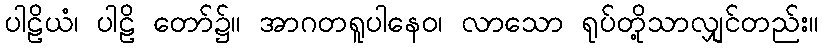
ပါဠိယံ၊ ပါဠိ တော်၌။ အာဂတရူပါနေဝ၊ လာသော ရုပ်တို့သာလျှင်တည်း။